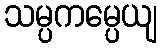
သမ္ပကမ္ပေယျ